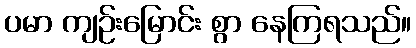
ပမာ ကျဉ်းမြောင်း စွာ နေကြရသည်။